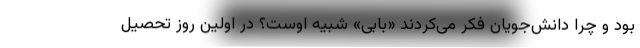
بود و چرا دانش‌جویان فکر می‌کردند «بابی» شبیه اوست؟ در اولین روز تحصیل